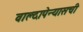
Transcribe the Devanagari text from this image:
वाल्दापेन्यासची